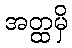
အတ္ထမှိ